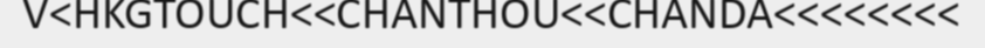
V<HKGTOUCH<<CHANTHOU<<CHANDA<<<<<<<<